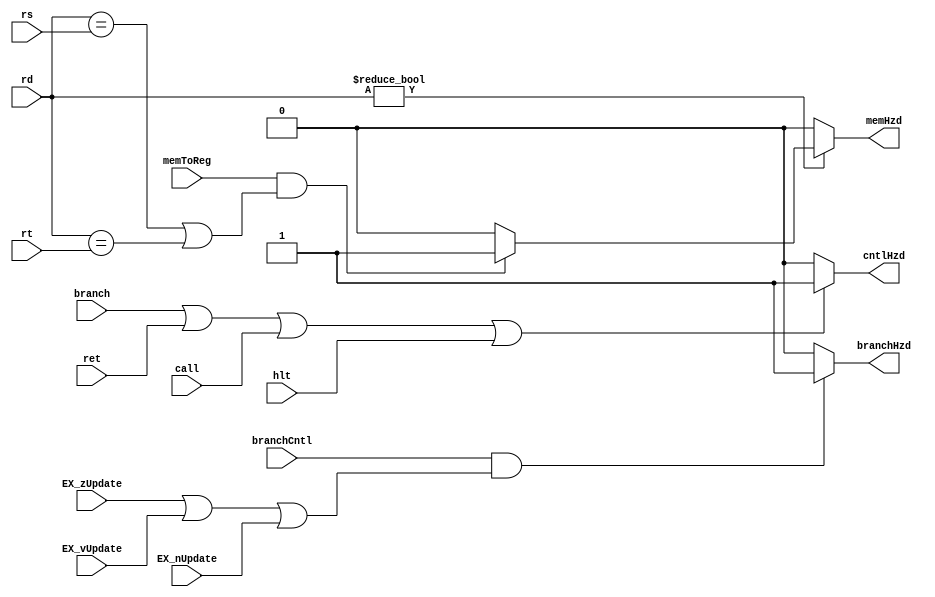
module hzdDetectionUnit(ret, call, branch, branchCntl, hlt, memToReg, rs, rt, rd, cntlHzd, memHzd, branchHzd, EX_zUpdate, EX_vUpdate, EX_nUpdate);
	input ret, call, branch, branchCntl, hlt, memToReg, EX_zUpdate, EX_vUpdate, EX_nUpdate;
	input [3:0] rs, rt, rd;

	output reg cntlHzd, memHzd, branchHzd;

	//memory hazard
	always @(*) begin
		memHzd = 0;
		branchHzd = 0;
		cntlHzd = 0;
		if(rd != 0) begin
			if(memToReg && ((rd == rs) || (rd == rt))) begin
				memHzd = 1;
			end
		end
		//check that any of the flags are being changed, if so then stall for a cycle for flags to update
		if(branchCntl && (EX_zUpdate || EX_vUpdate || EX_nUpdate)) begin
			branchHzd = 1;
		end
		if(branch || ret || call || hlt) begin
			cntlHzd = 1;
		end
	end
endmodule